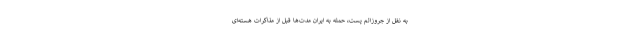
به نقل از جروزالم پست، حمله به ایران مدت‌ها قبل از مذاکرات هسته‌ای